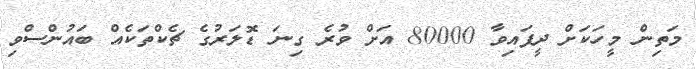
މަތިން މީހަކަށް ދީފައިވާ 80000 އަށް ވުރެ ގިނަ ޑޮލަރުގެ ޗެކްތަކެއް ބައުންސްވި